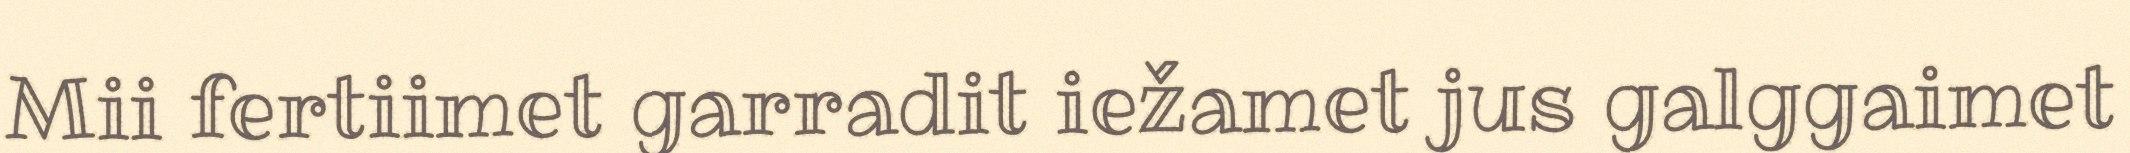
Mii fertiimet garradit iežamet jus galggaimet